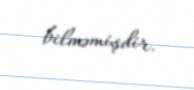
bilməmişdir.